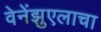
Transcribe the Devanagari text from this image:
वेनेंझुएलाचा